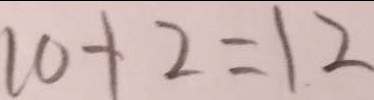
1 0 + 2 = 1 2